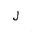
Letter: _lam